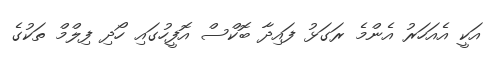
އަކީ އެއަހަރު އެންމެ ރަގަޅު ފައިދާ ބޮކްސް އޮފީހުގައި ހޯދި ފިލްމް ތަކުގެ